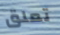
تعلق